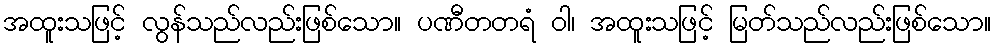
အထူးသဖြင့် လွန်သည်လည်းဖြစ်သော။ ပဏီတတရံ ဝါ၊ အထူးသဖြင့် မြတ်သည်လည်းဖြစ်သော။